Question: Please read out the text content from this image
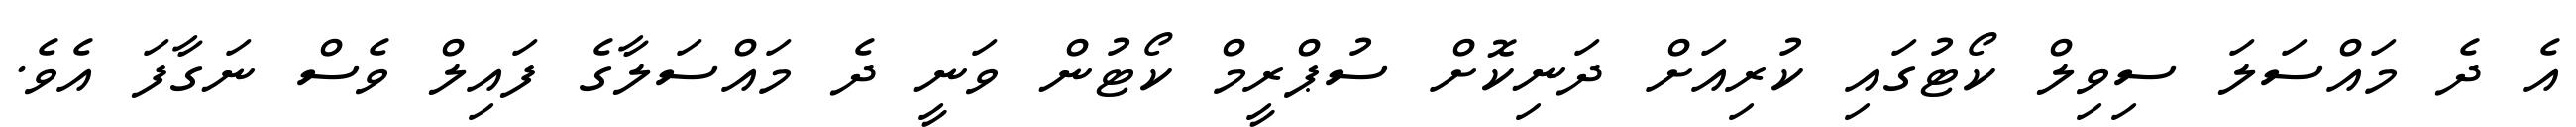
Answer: އެ ދެ މައްސަލަ ސިވިލް ކޯޓުގައި ކުރިއަށް ދަނިކޮށް ސުޕްރީމް ކޯޓުން ވަނީ ދެ މައްސަލާގެ ފައިލް ވެސް ނަގާފަ އެވެ.